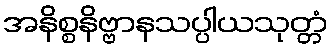
အနိစ္စနိဗ္ဗာနသပ္ပါယသုတ္တံ